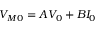
\begin{array} { r } { V _ { M 0 } = A V _ { 0 } + B I _ { 0 } } \end{array}